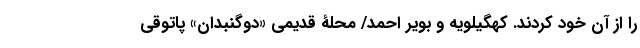
را از آن خود کردند. کهگیلویه و بویر احمد/ محلۀ قدیمی «دوگنبدان» پاتوقی